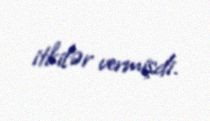
itkilər vermişdi.